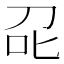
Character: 𭇌